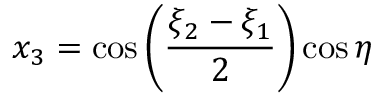
x _ { 3 } = \cos \left( { \frac { \xi _ { 2 } - \xi _ { 1 } } { 2 } } \right) \cos \eta